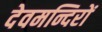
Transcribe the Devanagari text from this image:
देवमन्दिरों